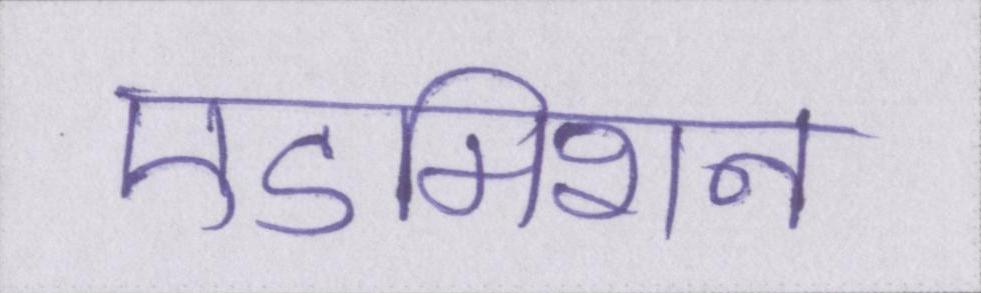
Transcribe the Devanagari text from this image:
एडमिशन